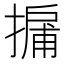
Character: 𢳹